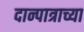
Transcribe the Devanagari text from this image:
दान्पात्राच्या